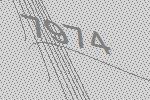
7974